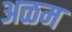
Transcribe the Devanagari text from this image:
अळम